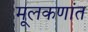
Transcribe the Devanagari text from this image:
मूलकणांत